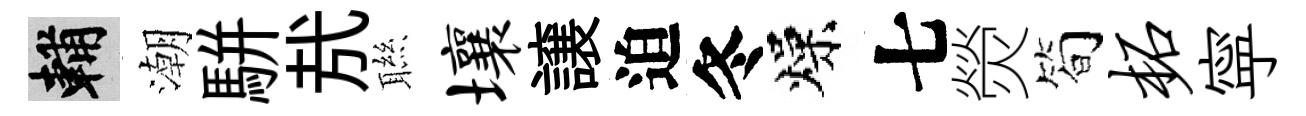
輔潮駢㢤聮壤譲迫冬燥七熒简柘寜